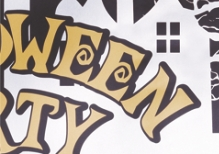
WEEN